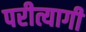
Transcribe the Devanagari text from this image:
परीत्यागी